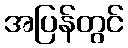
အပြန်တွင်